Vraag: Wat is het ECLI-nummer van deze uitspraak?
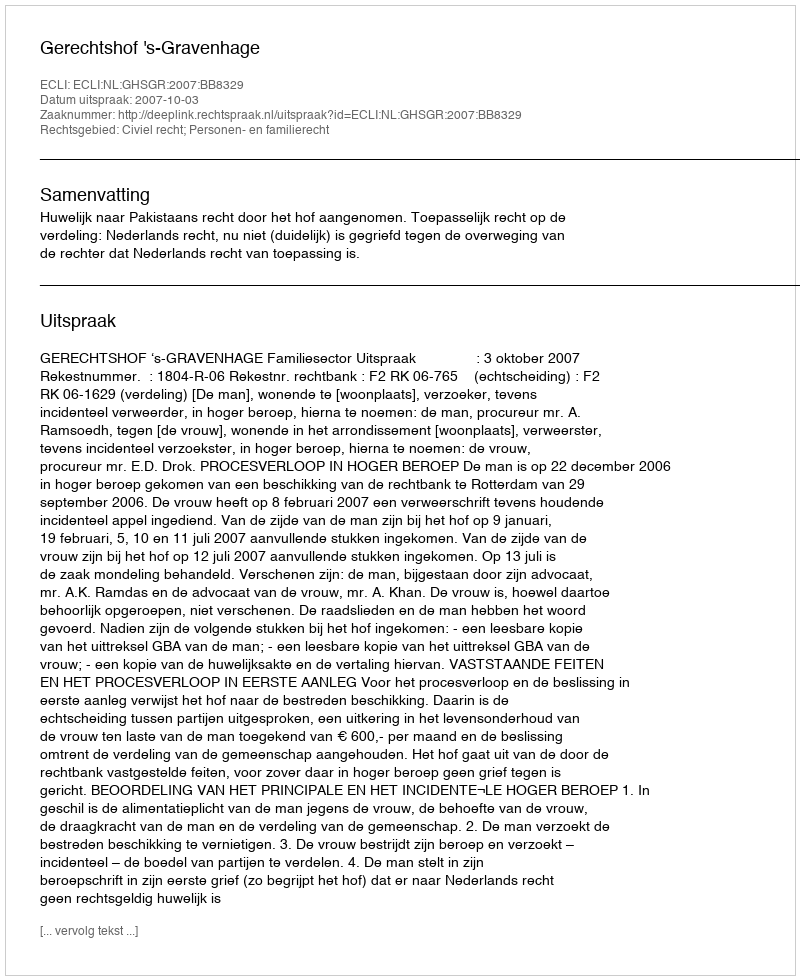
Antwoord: ECLI:NL:GHSGR:2007:BB8329